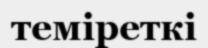
теміреткі